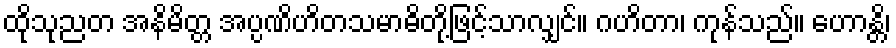
ထိုသုညတ အနိမိတ္တ အပ္ပဏိဟိတသမာဓိတို့ဖြင့်သာလျှင်။ ဂဟိတာ၊ ကုန်သည်။ ဟောန္တိ၊